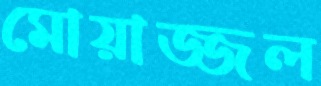
মোয়াজ্জল